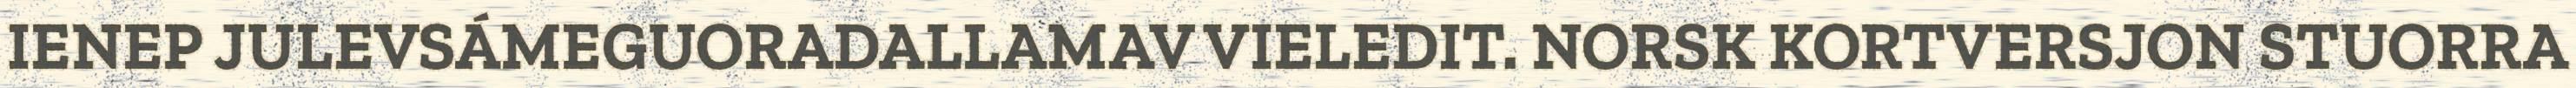
IENEP JULEVSÁMEGUORADALLAMAV VIELEDIT. NORSK KORTVERSJON STUORRA